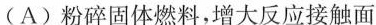
(A)粉碎固体燃料，增大反应接触面